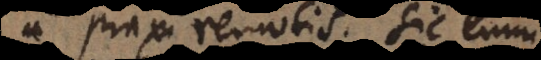
a praxi remotis.Sic enim